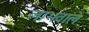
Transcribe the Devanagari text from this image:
लाभवाले